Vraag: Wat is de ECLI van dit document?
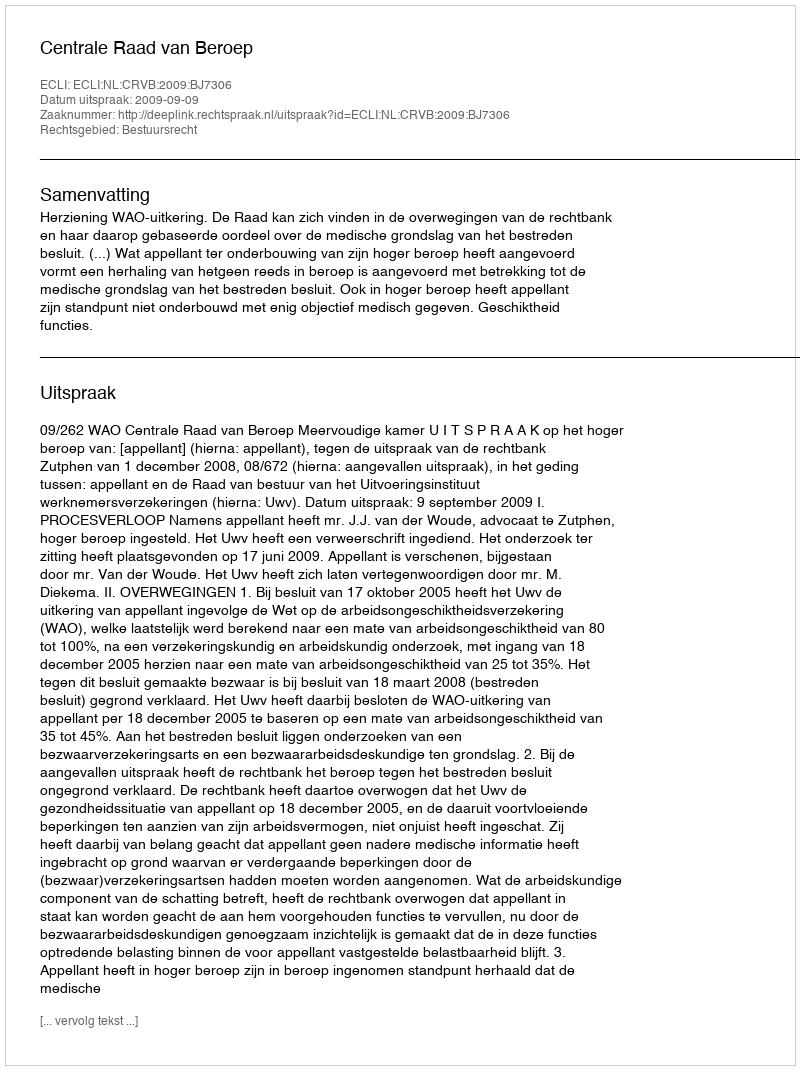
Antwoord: ECLI:NL:CRVB:2009:BJ7306